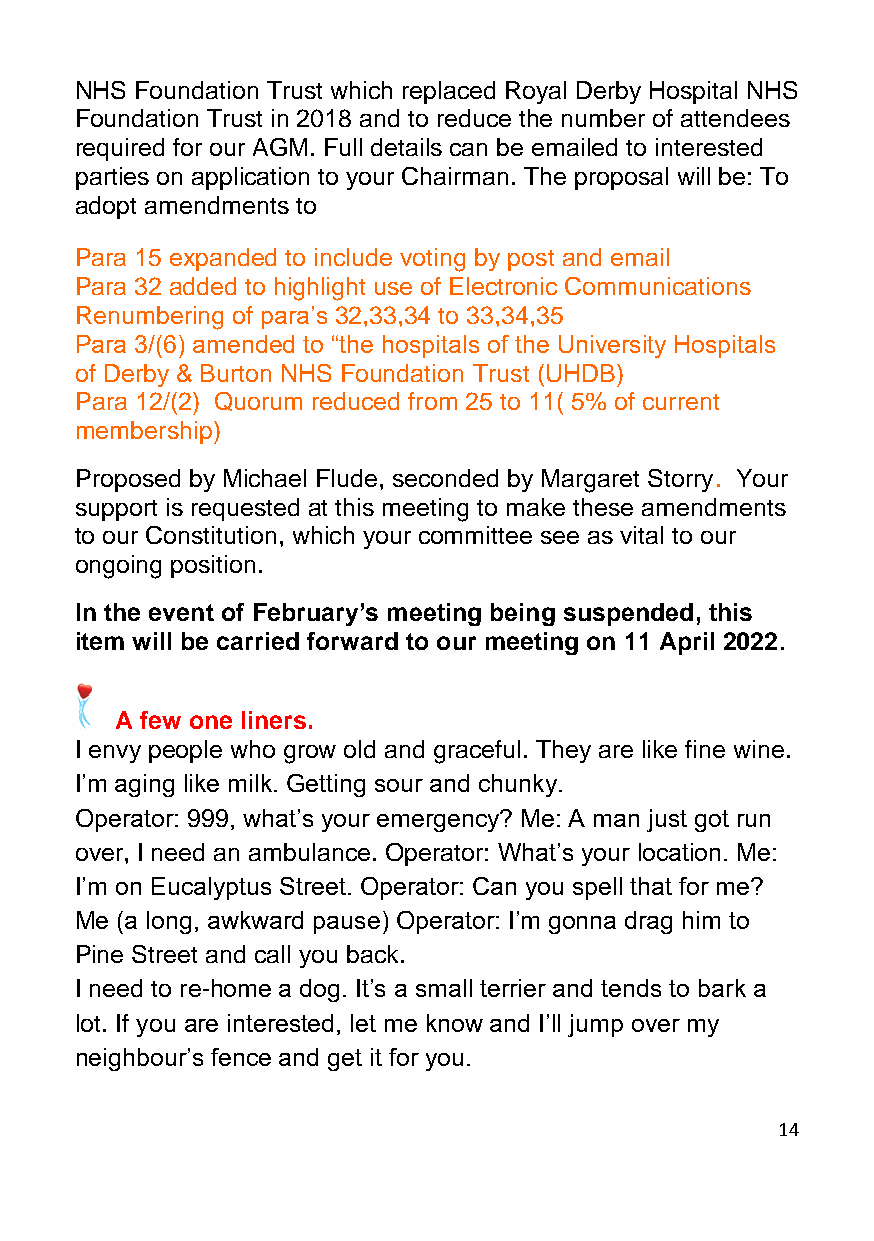
NHS Foundation Trust which replaced Royal Derby Hospital NHS
 Foundation Trust in 2018 and to reduce the number of attendees
 required for our AGM. Full details can be emailed to interested
 parties on application to your Chairman. The proposal will be: To
 adopt amendments to
 Para 15 expanded to include voting by post and email
 Para 32 added to highlight use of Electronic Communications
 Renumbering of para’s 32,33,34 to 33,34,35
 Para 3/(6) amended to “the hospitals of the University Hospitals
 of Derby & Burton NHS Foundation Trust (UHDB)
 Para 12/(2) Quorum reduced from 25 to 11( 5% of current
 membership)
 Proposed by Michael Flude, seconded by Margaret Storry. Your
 support is requested at this meeting to make these amendments
 to our Constitution, which your committee see as vital to our
 ongoing position.
 In the event of February’s meeting being suspended, this
 item will be carried forward to our meeting on 11 April 2022.
 A few one liners.
 I envy people who grow old and graceful. They are like fine wine.
 I’m aging like milk. Getting sour and chunky.
 Operator: 999, what’s your emergency? Me: A man just got run
 over, I need an ambulance. Operator: What’s your location. Me:
 I’m on Eucalyptus Street. Operator: Can you spell that for me?
 Me (a long, awkward pause) Operator: I’m gonna drag him to
 Pine Street and call you back.
 I need to re-home a dog. It’s a small terrier and tends to bark a
 lot. If you are interested, let me know and I’ll jump over my
 neighbour’s fence and get it for you.
 14